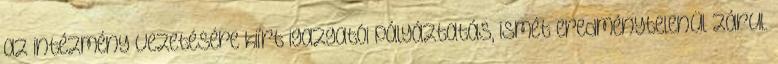
az intézmény vezetésére kiírt igazgatói pályáztatás, ismét eredménytelenül zárul.